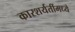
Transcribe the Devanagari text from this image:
कारशर्यतींमध्ये